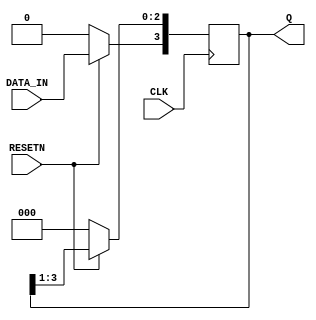
//CH2_4SIPO.V

module CH2_4SIPO(
	CLK, RESETN,
	DATA_IN,
	Q
);

input CLK, RESETN;
input DATA_IN;
output [3:0]Q;

reg [3:0]Q;

always @(posedge CLK)
begin
	if(~RESETN)
		Q=4'b0000;
	else
		begin
			Q[2:0]=Q[3:1];
			Q[3]=DATA_IN;
		end
end

endmodule